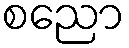
စညော